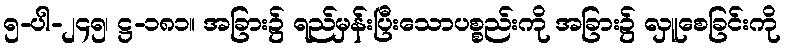
၅-ပါ-၂၄၅၊ ဋ္ဌ-၁၈၁။ အခြား၌ ရည်မှန်းပြီးသောပစ္စည်းကို အခြား၌ လှူစေခြင်းကို